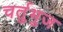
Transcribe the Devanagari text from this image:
चर्तुभुज